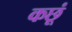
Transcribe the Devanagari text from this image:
कछूं